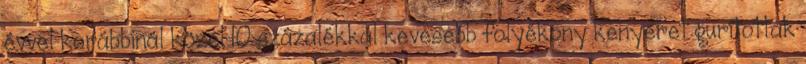
évvel korábbinál közel 10 százalékkal kevesebb folyékony kenyeret gurítottak